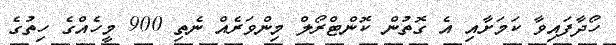
ހޯދާފައިވާ ކަމަށާއި އެ ގޮތުން ކޮންޓްރޯލް މިންވަރެއް ނެތި 900 މީހެއްގެ ހިތުގެ